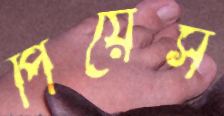
পিয়েস